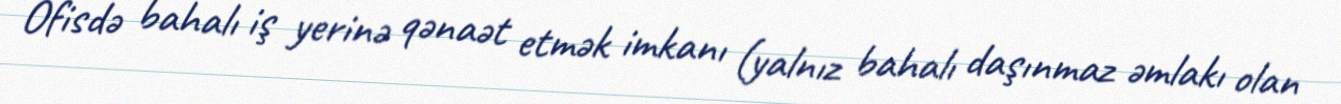
Ofisdə bahalı iş yerinə qənaət etmək imkanı (yalnız bahalı daşınmaz əmlakı olan